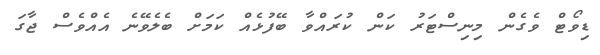
ޑިވޯޓް ވެގެން މިނިސްޓަރު ކަން ކުރައްވާ ބޭފުޅެއް ކަމަށް ބެލެވޭނެ އެއްވެސް ޖާގަ